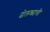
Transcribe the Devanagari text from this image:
ढोलक्याची